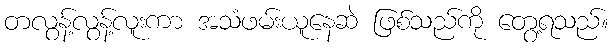
တလွန့်လွန့်လူးကာ အသံဖမ်းယူနေဆဲ ဖြစ်သည်ကို တွေ့ရသည်။